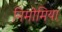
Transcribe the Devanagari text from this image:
निमोमिया